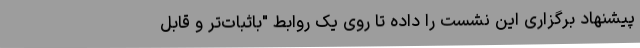
پیشنهاد برگزاری این نشست را داده تا روی یک روابط "باثبات‌تر و قابل